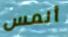
ألمس